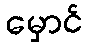
မှောင်